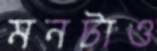
মনটাও